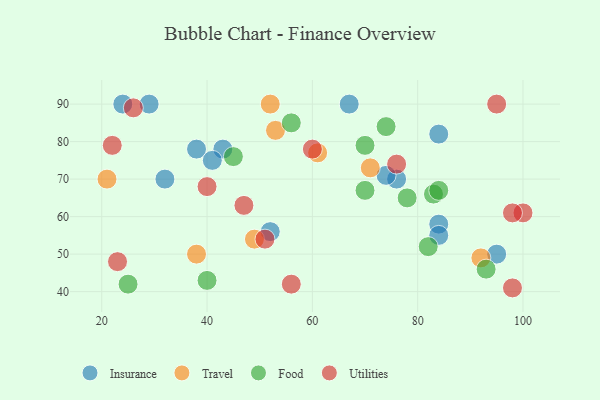
{"axis": {"x": "GDP", "y": "Life Expectancy"}, "legend": ["Food", "Insurance", "Travel", "Utilities"], "data": [{"x": "76", "y": 70, "type": "Insurance"}, {"x": "84", "y": 58, "type": "Insurance"}, {"x": "24", "y": 90, "type": "Insurance"}, {"x": "52", "y": 56, "type": "Insurance"}, {"x": "84", "y": 55, "type": "Insurance"}, {"x": "43", "y": 78, "type": "Insurance"}, {"x": "29", "y": 90, "type": "Insurance"}, {"x": "38", "y": 78, "type": "Insurance"}, {"x": "95", "y": 50, "type": "Insurance"}, {"x": "41", "y": 75, "type": "Insurance"}, {"x": "74", "y": 71, "type": "Insurance"}, {"x": "67", "y": 90, "type": "Insurance"}, {"x": "32", "y": 70, "type": "Insurance"}, {"x": "84", "y": 82, "type": "Insurance"}, {"x": "49", "y": 54, "type": "Travel"}, {"x": "53", "y": 83, "type": "Travel"}, {"x": "21", "y": 70, "type": "Travel"}, {"x": "92", "y": 49, "type": "Travel"}, {"x": "61", "y": 77, "type": "Travel"}, {"x": "71", "y": 73, "type": "Travel"}, {"x": "38", "y": 50, "type": "Travel"}, {"x": "52", "y": 90, "type": "Travel"}, {"x": "82", "y": 52, "type": "Food"}, {"x": "78", "y": 65, "type": "Food"}, {"x": "83", "y": 66, "type": "Food"}, {"x": "93", "y": 46, "type": "Food"}, {"x": "45", "y": 76, "type": "Food"}, {"x": "56", "y": 85, "type": "Food"}, {"x": "74", "y": 84, "type": "Food"}, {"x": "70", "y": 67, "type": "Food"}, {"x": "25", "y": 42, "type": "Food"}, {"x": "84", "y": 67, "type": "Food"}, {"x": "70", "y": 79, "type": "Food"}, {"x": "40", "y": 43, "type": "Food"}, {"x": "47", "y": 63, "type": "Utilities"}, {"x": "100", "y": 61, "type": "Utilities"}, {"x": "22", "y": 79, "type": "Utilities"}, {"x": "40", "y": 68, "type": "Utilities"}, {"x": "60", "y": 78, "type": "Utilities"}, {"x": "56", "y": 42, "type": "Utilities"}, {"x": "98", "y": 61, "type": "Utilities"}, {"x": "76", "y": 74, "type": "Utilities"}, {"x": "23", "y": 48, "type": "Utilities"}, {"x": "51", "y": 54, "type": "Utilities"}, {"x": "26", "y": 89, "type": "Utilities"}, {"x": "95", "y": 90, "type": "Utilities"}, {"x": "98", "y": 41, "type": "Utilities"}]}